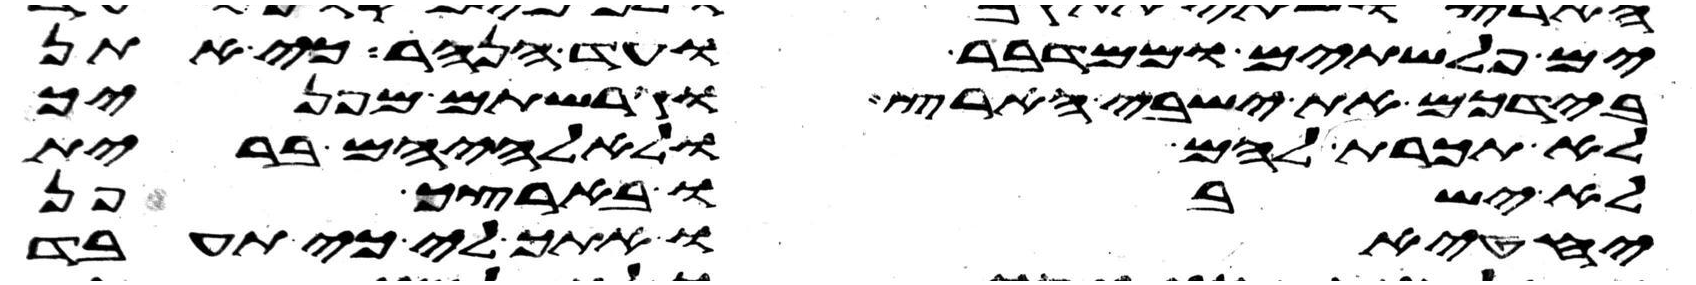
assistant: ים פלשתים וממדבר עד הנהר כי אתן
בידכם את ישבי הארץ וגרשתים מפניך
לא תכרת להם ולאלהיהם ברית
לא ישבו בארצך פן
יחטיאו אתך לי כי תעבד